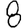
Digit: 8